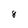
Character: 8